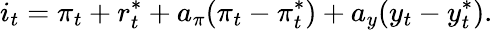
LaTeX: i_{t}=\pi_{t}+r_{t}^{*}+a_{\pi}(\pi_{t}-\pi_{t}^{*})+a_{y}(y_{t}-y_{t}^{*}).